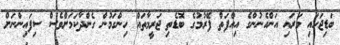
ބަޑިޖަހައި މަރައި އަންހެނުންގެ އިއްފަތް ފޭރުމުގެ ބޮޑެތި ޖަރީމާތައް ހިންގަމުން ގެންދާކަމަށްވެސް ސިފައިންނަށް